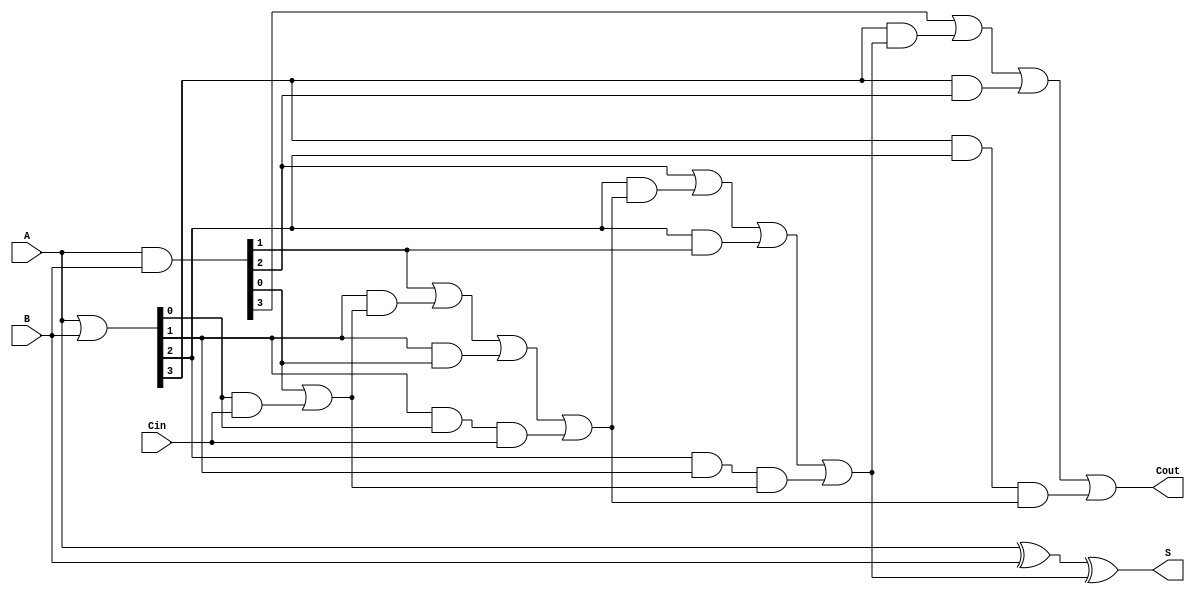
module CarryLookaheadAdder #(parameter N = 4) (
    input  [N-1:0] A,      // First n-bit input
    input  [N-1:0] B,      // Second n-bit input
    input         Cin,      // Carry-in
    output [N-1:0] S,      // n-bit sum output
    output        Cout      // Carry-out
);

    // Generate and Propagate signals
    wire [N-1:0] G; // Generate signals
    wire [N-1:0] P; // Propagate signals
    wire [N:0] C;   // Carry signals

    // Generate and Propagate logic
    assign G = A & B;        // Gi = Ai AND Bi
    assign P = A | B;        // Pi = Ai OR Bi

    // Carry calculation
    assign C[0] = Cin; // C0 = Cin
    genvar i;
    generate
        for (i = 0; i < N; i = i + 1) begin : carry_calc
            if (i == 0) begin
                assign C[i + 1] = G[i] | (P[i] & C[i]); // C1 = G0 OR (P0 AND C0)
            end else begin
                assign C[i + 1] = G[i] | (P[i] & C[i]) | (P[i] & G[i-1]) | (P[i] & P[i-1] & C[i-1]); // General case
            end
        end
    endgenerate

    // Sum calculation
    assign S = A ^ B ^ C[N-1]; // Si = Ai XOR Bi XOR Ci

    // Carry-out
    assign Cout = C[N]; // Cout = CN

endmodule